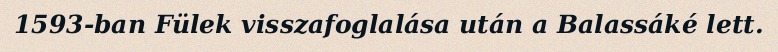
1593-ban Fülek visszafoglalása után a Balassáké lett.